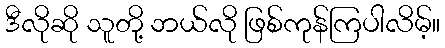
ဒီလိုဆို သူတို့ ဘယ်လို ဖြစ်ကုန်ကြပါလိမ့်။